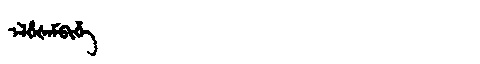
Manchu: ᡝᠯᡥᡝᡧᡝᠮᠪᡳᡥᡝ
Romanization: ELHEŠEMBIHE